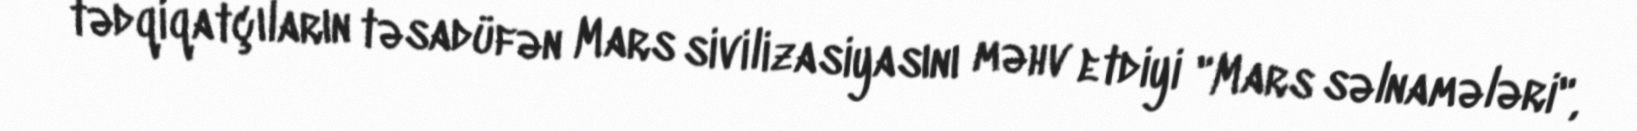
tədqiqatçıların təsadüfən Mars sivilizasiyasını məhv etdiyi "Mars səlnamələri",